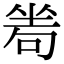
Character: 𠷜